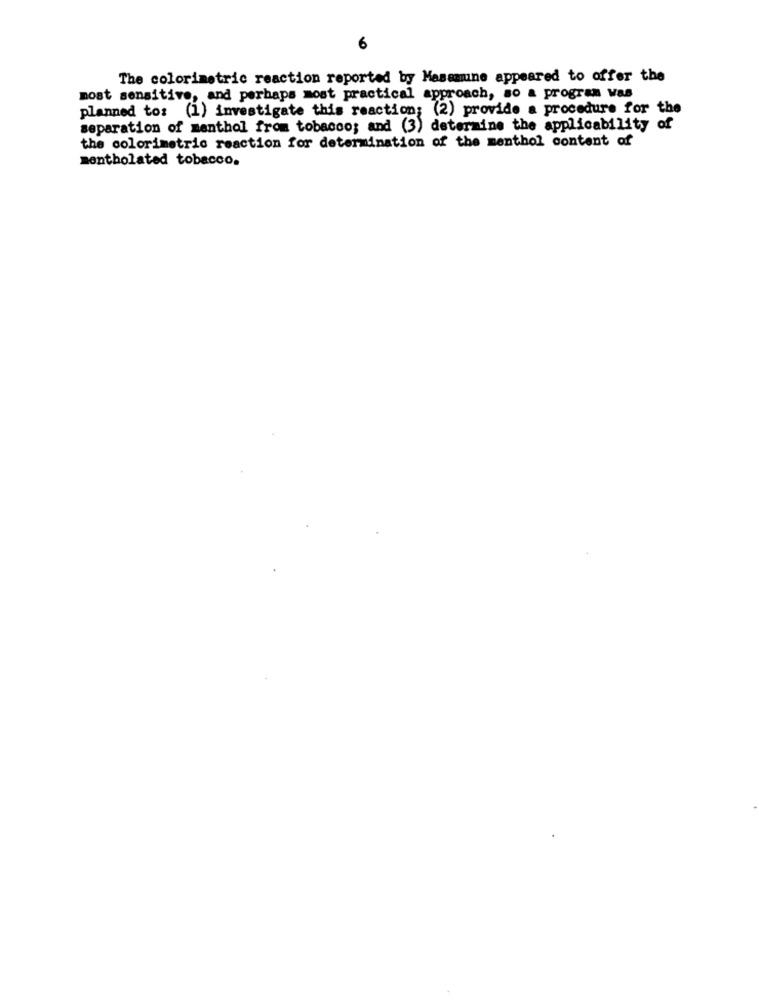
6
The colorimetric reaction reported by Masamune appeared to offer the
most sensitive, and perhaps most practical approach, so a program vas
planned to: (1) investigate this reaction; (2) provide a procedure for the
separation of menthol from tobacco; and (3) determine the applicability of
the colorimetric reaction for determination of the menthol content of
mentholated tobacco.